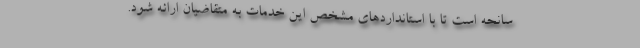
سانحه است تا با استانداردهای مشخص این خدمات به متقاضیان ارائه شود.